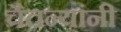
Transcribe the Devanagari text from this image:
चैतन्यांनी